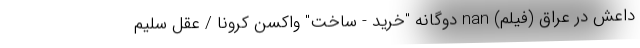
داعش در عراق (فیلم) nan دوگانه "خرید - ساخت" واکسن کرونا / عقل سلیم